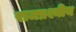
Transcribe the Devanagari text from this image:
राजप्रश्नीय